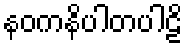
နဝကနိပါတပါဠိ